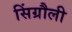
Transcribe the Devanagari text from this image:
सिंग्रौली